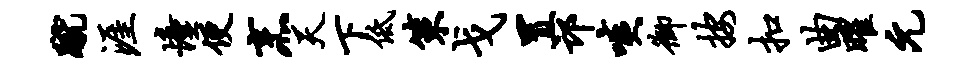
蹴涯憧便烹天下低策戈置邙啖御按扣曲曜元